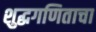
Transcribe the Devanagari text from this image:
शुद्धगणिताचा